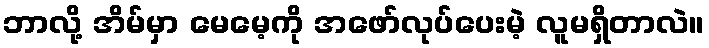
ဘာလို့ အိမ်မှာ မေမေ့ကို အဖော်လုပ်ပေးမဲ့ လူမရှိတာလဲ။